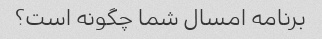
برنامه امسال شما چگونه است؟